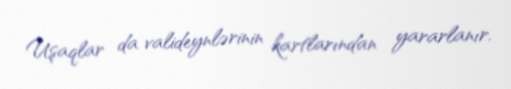
Uşaqlar da valideynlərinin kartlarından yararlanır.